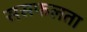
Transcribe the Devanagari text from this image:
ससफलता